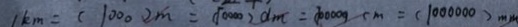
1 k m = ( 1 0 0 0 ) m = ( 1 0 0 0 0 ) d m = ( 1 0 0 0 0 0 ) c m = ( 1 0 0 0 0 0 0 ) m m